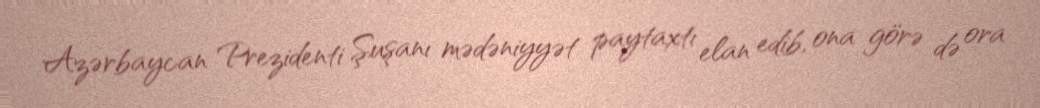
Azərbaycan Prezidenti Şuşanı mədəniyyət paytaxtı elan edib, ona görə də ora